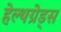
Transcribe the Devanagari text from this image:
हेल्थग्रेड्स